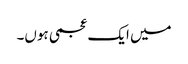
میں ایک عجمی ہوں۔